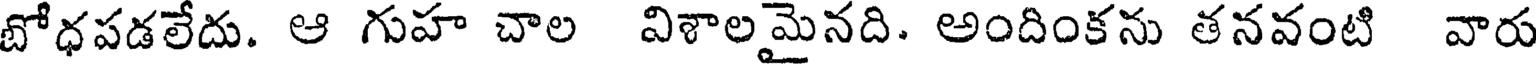
బోధపడలేదు. ఆ గుహ చాల విశాలమైనది. అందింకను తనవంటి వారు